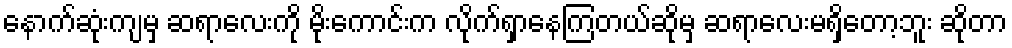
နောက်ဆုံးကျမှ ဆရာလေးကို မိုးကောင်းက လိုက်ရှာနေကြတယ်ဆိုမှ ဆရာလေးမရှိတော့ဘူး ဆိုတာ